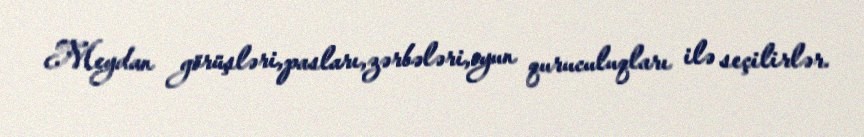
Meydan görüşləri,pasları,zərbələri,oyun quruculuqları ilə seçilirlər.